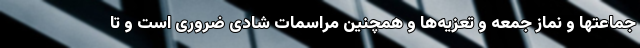
جماعتها و نماز جمعه و تعزیه‌ها و همچنین مراسمات شادی ضروری است و تا